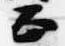
正